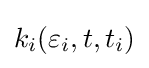
k_{i}(\varepsilon _{i},t,t_{i})